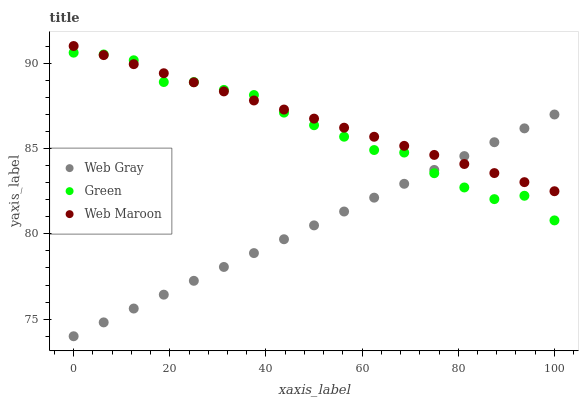
| xaxis_label | Web Gray | Green | Web Maroon |
 | --- | --- | --- | --- |
 | 0 | 74 | 90.6 | 91 |
 | 6.25 | 74.8 | 90.5 | 90.5 |
 | 12.5 | 75.6 | 90.2 | 89.9 |
 | 18.8 | 76.4 | 88.9 | 89.4 |
 | 25 | 77.2 | 88.9 | 88.9 |
 | 31.2 | 78.1 | 88.4 | 88.3 |
 | 37.5 | 78.9 | 88.1 | 87.8 |
 | 43.8 | 79.7 | 87.1 | 87.3 |
 | 50 | 80.5 | 86.4 | 86.7 |
 | 56.2 | 81.3 | 85.7 | 86.2 |
 | 62.5 | 82.1 | 84.9 | 85.7 |
 | 68.8 | 82.9 | 84.8 | 85.2 |
 | 75 | 83.7 | 83.6 | 84.6 |
 | 81.2 | 84.6 | 82.7 | 84.1 |
 | 87.5 | 85.4 | 82 | 83.6 |
 | 93.8 | 86.2 | 82.2 | 83 |
 | 100 | 87 | 80.8 | 82.5 |